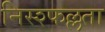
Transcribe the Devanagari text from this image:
निस्श्फल्लता